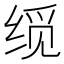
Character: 𬘮